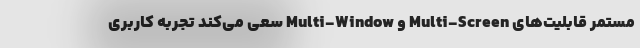
مستمر قابلیت‌های Multi-Screen و Multi-Window سعی می‌کند تجربه کاربری